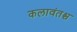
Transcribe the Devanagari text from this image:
कलावंतश्च